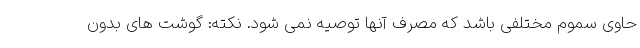
حاوی سموم مختلفی باشد که مصرف آنها توصیه نمی شود. نکته: گوشت های بدون